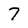
Character: 7